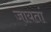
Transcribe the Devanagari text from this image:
जायतां